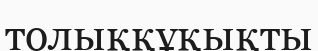
толыққұқықты